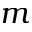
m